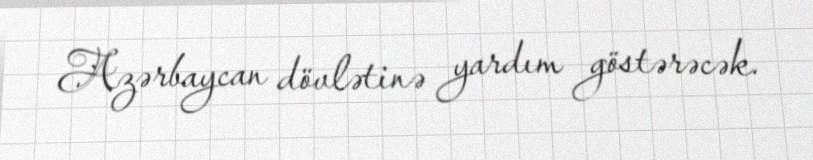
Azərbaycan dövlətinə yardım göstərəcək.